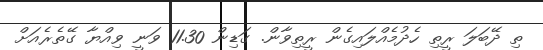
ތި ދޭބަލަ ރީތި ހެދުމެއްލައިގެން ރީތިވާން. ގަޑިން 11.30 ވަނީ ވިއްޔާ ގޭތެރެއަށް